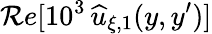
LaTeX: \mathcal{R}e[10^{3}\, \widehat{u}_{\xi,1}(y,y^{\prime})]